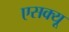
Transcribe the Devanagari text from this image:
एसक्यू